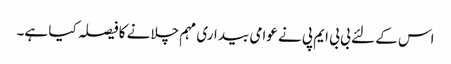
اس کے لئے بی بی ایم پی نے عوامی بیداری مہم چلانے کا فیصلہ کیا ہے۔